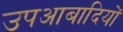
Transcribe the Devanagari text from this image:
उपआबादियों